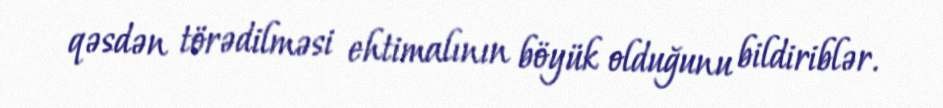
qəsdən törədilməsi ehtimalının böyük olduğunu bildiriblər.